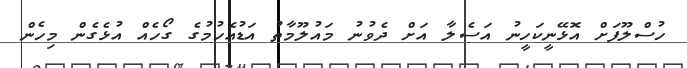
ހުސްލޫފަށް އޮޅޭނީކަހީނު އަސެލާ އަށް ދެވުނު މައުލޫމާތު އަޑުއެހުމުގެ ގޯހެއް އުޅެގެން މިހެން